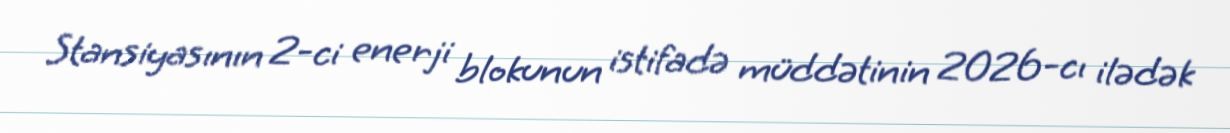
Stansiyasının 2-ci enerji blokunun istifadə müddətinin 2026-cı ilədək